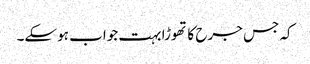
کہ جس جرح کا تھوڑا بہت جواب ہوسکے۔